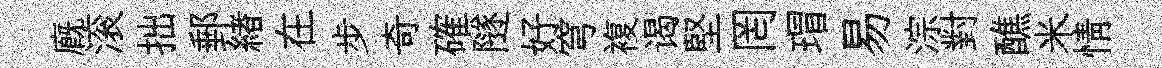
廐滚拙郵緖在步奇確隧好穹複谒堅罔瑁易淙對醮米情